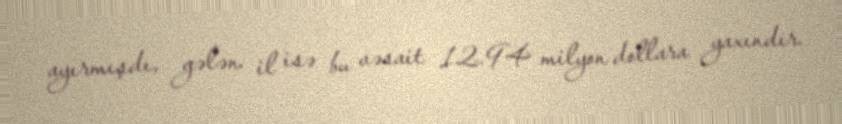
ayırmışdı, gələn il isə bu vəsait 12.94 milyon dollara yaxındır.